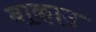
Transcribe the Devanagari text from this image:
बाकाउ